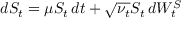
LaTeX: d S _ { t } = \mu S _ { t } \, d t + { \sqrt { \nu _ { t } } } S _ { t } \, d W _ { t } ^ { S }